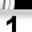
Digit: 1